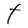
Character: t